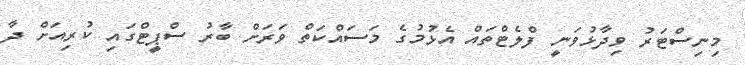
މިނިސްޓަރު ވިދާޅުވަނީ ފްލެޓްތައް އެޅުމުގެ މަސައްކަތް ވަރަށް ބާރު ސްޕީޓްގައި ކުރިއަށް ދާ